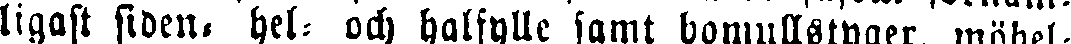
ligast siden, hel- och halfylle samt bomullstyger, möbel-